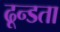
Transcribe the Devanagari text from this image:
ढून्डता